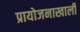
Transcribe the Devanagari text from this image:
प्रायोजनाखाली